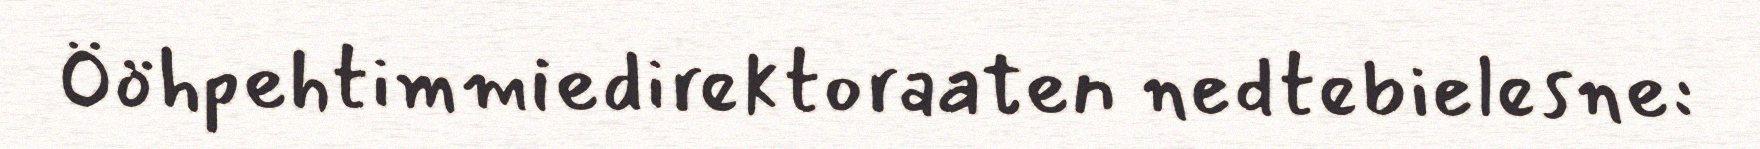
Ööhpehtimmiedirektoraaten nedtebielesne: